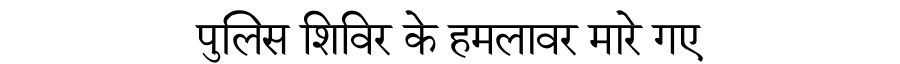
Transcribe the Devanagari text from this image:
पुलिस शिविर के हमलावर मारे गए